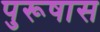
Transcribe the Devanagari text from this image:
पुरूषास